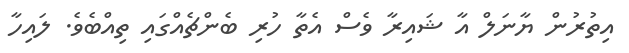
އިތުރުން ޔާނަލް އާ ޝައިރާ ވެސް އެތާ ހުރި ބެންޗެއްގައި ތިއްބެވެ. ލައިހާ